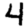
Digit: 4